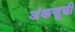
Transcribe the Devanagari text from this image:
अंकसूची